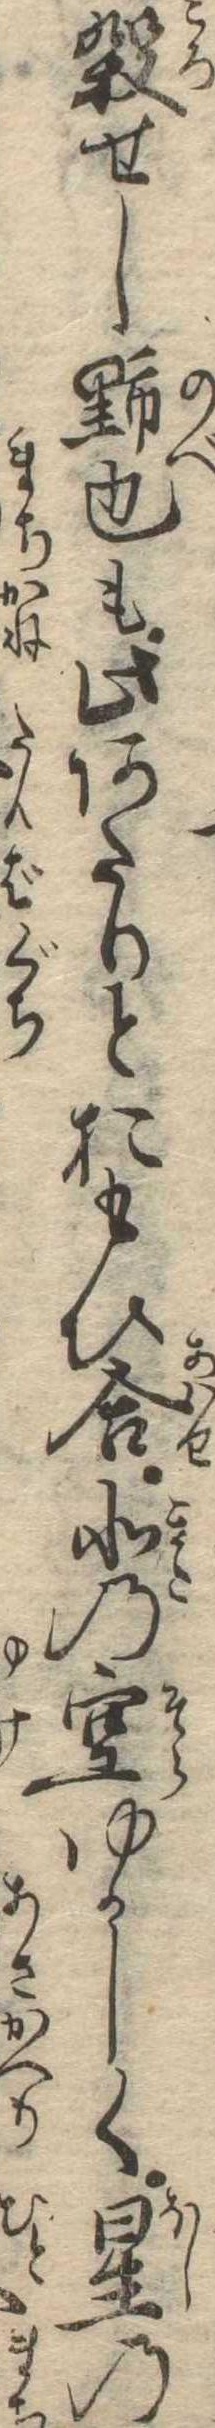
殺せし野辺も此あたりとおもひ合北の空ゆかしく星の